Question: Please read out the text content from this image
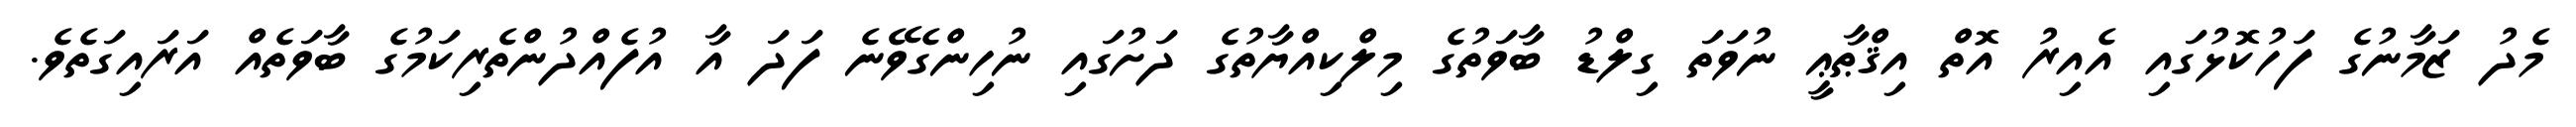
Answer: މެދު ޒަމާނުގެ ފަހުކޮޅުގައި އެއިރު އޮތް އިޤްޠާޢީ ނުވަތަ ގިލްޑު ބާވަތުގެ މިލްކިއްޔާތުގެ ދަށުގައި ނުހިންގެވޭނެ ފަދަ އާ އުފެއްދުންތެރިކަމުގެ ބާވަތެއް އަރައިގަތެވެ.